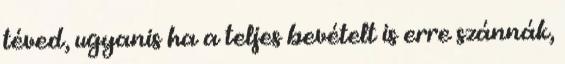
téved, ugyanis ha a teljes bevételt is erre szánnák,